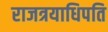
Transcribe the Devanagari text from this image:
राजत्रयाधिपति